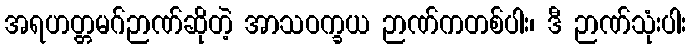
အရဟတ္တမဂ်ဉာဏ်ဆိုတဲ့ အာသဝက္ခယ ဉာဏ်ကတစ်ပါး၊ ဒီ ဉာဏ်သုံးပါး